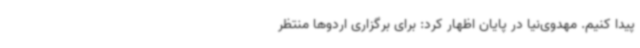
پیدا کنیم. مهدوی‌نیا در پایان اظهار کرد: برای برگزاری اردوها منتظر